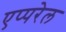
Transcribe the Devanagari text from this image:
एप्परेल